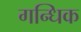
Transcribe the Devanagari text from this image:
गन्धिक